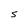
Character: s